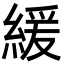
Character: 緩